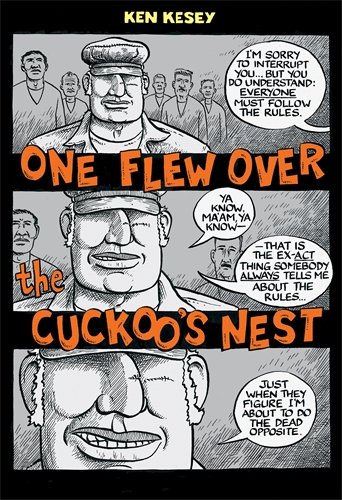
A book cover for One Flew Over the Cuckoo's Nest: (Penguin Classics Deluxe Edition); Ken Kesey; Humor & Entertainment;